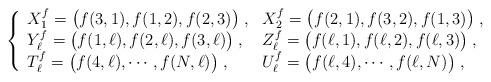
LaTeX: \begin{align*}\left\{\begin{array}{ll}X_1^f=\big(f(3,1),f(1,2),f(2,3)\big)\;, &X_2^f=\big(f(2,1),f(3,2),f(1,3)\big)\;,\\Y_\ell^f=\big(f(1,\ell),f(2,\ell),f(3,\ell)\big)\;,&Z_\ell^f=\big(f(\ell,1),f(\ell,2),f(\ell,3)\big)\;,\\T_\ell^f=\big(f(4,\ell),\cdots,f(N,\ell)\big)\;, &U_\ell^f=\big(f(\ell,4),\cdots,f(\ell,N)\big)\;,\end{array}\right.\end{align*}